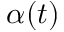
\alpha ( t )